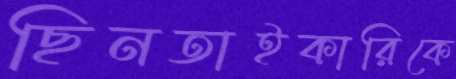
ছিনতাইকারিকে